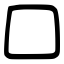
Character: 口